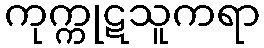
ကုက္ကုဋသူကရာ